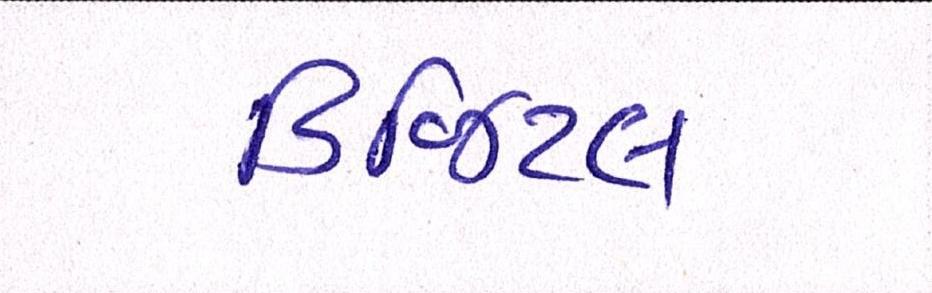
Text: ડિજિટલ